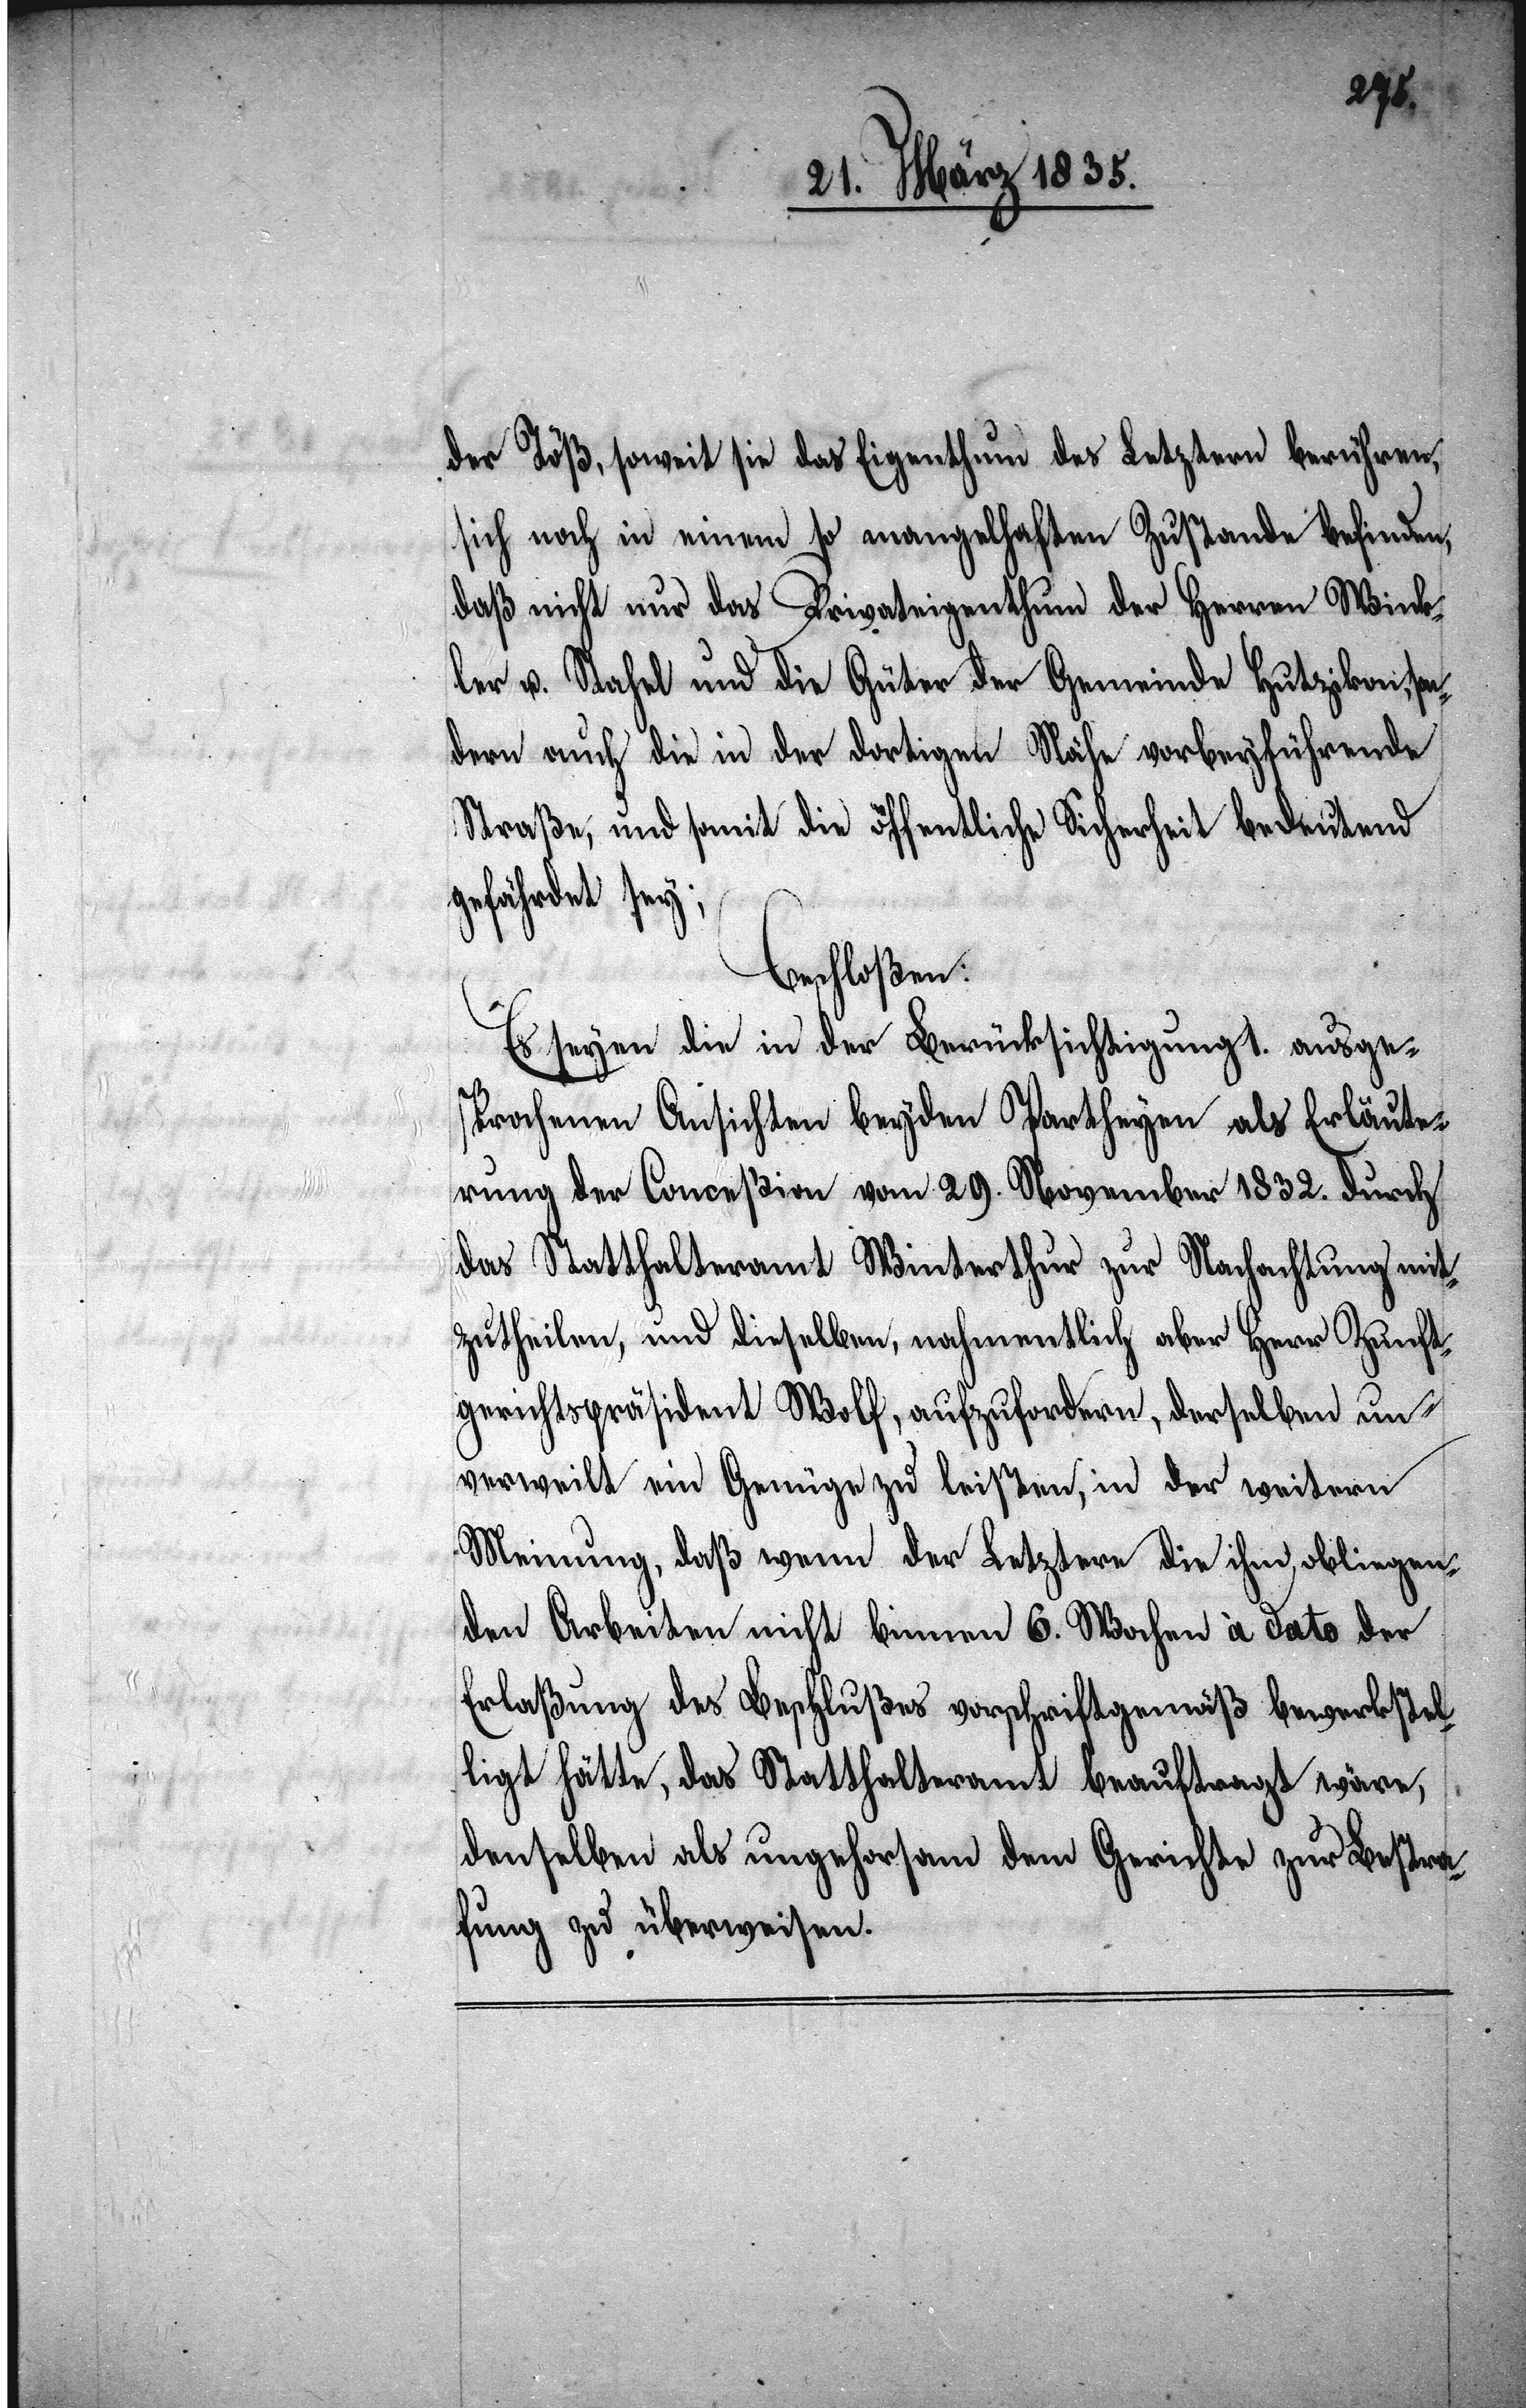
der Töß, soweit sie das Eigenthum des Letztern berühren,
sich noch in einem so mangelhaften Zustande befinden,
daß nicht nur das Privateigenthum der Herren Wink¬
ler u. Stahel und die Güter der Gemeinde Hutzikon, son¬
dern auch die in der dortigen Nähe vorbeyführende
Straße, und somit die öffentliche Sicherheit bedeutend
gefährdet sey;
beschloßen:
Es seyen die in der Berücksichtigung 1. ausge¬
sprochenen Ansichten beyden Partheyen als Erläute¬
rung der Conceßion vom 29. November 1832. durch
das Statthalteramt Winterthur zur Nachachtung mit¬
zutheilen, und dieselben, nahmentlich aber Herr Zunft¬
gerichtspräsident Wolf, aufzufordern, derselben un¬
verweilt ein Genüge zu leisten, in der weitern
Meinung, daß wenn der Letztere die ihm obliegen¬
den Arbeiten nicht binnen 6. Wochen à dato der
Erlaßung des Beschlußes vorschriftsgemäß bewerkstel¬
ligt hätte, das Statthalteramt beauftragt wäre,
denselben als ungehorsam dem Gerichte zur Bestra¬
fung zu überweisen.